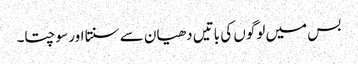
بس میں لوگوں کی باتیں دھیان سے سنتا اور سوچتا۔